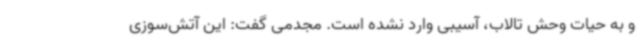
و به حیات وحش تالاب، آسیبی وارد نشده است. مجدمی گفت: این آتش‌سوزی